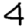
Digit: 4